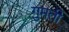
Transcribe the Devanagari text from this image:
गुमती